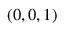
( 0 , 0 , 1 )